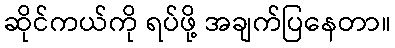
ဆိုင်ကယ်ကို ရပ်ဖို့ အချက်ပြနေတာ။